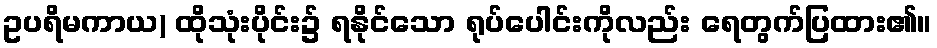
ဥပရိမကာယ) ထိုသုံးပိုင်း၌ ရနိုင်သော ရုပ်ပေါင်းကိုလည်း ရေတွက်ပြထား၏။